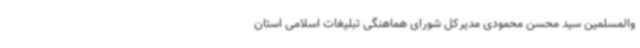
والمسلمین سید محسن محمودی مدیرکل شورای هماهنگی تبلیغات اسلامی استان